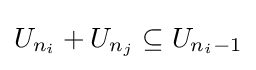
U_{n_{i}}+U_{n_{j}}\subseteq U_{n_{i}-1}